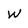
Character: W